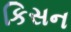
કિસન